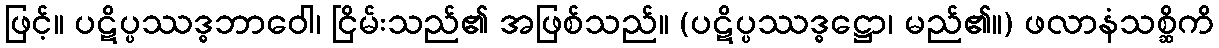
ဖြင့်။ ပဋိပ္ပဿဒ္ဓဘာဝေါ၊ ငြိမ်းသည်၏ အဖြစ်သည်။ (ပဋိပ္ပဿဒ္ဓဋ္ဌော၊ မည်၏။) ဖလာနံသစ္ဆိကိ